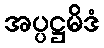
အပ္ပဋ္ဌမိဒံ